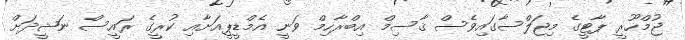
ޖުމްހޫރީ ޕާޓީގެ މިޖަލްސާގައިވެސް ޤާސިމް އިބްރާހިމް ވަނީ އެމްޑީޕީއަށާއި ކުރީގެ ރައީސް ނަޝީދަށް